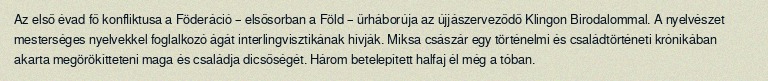
Az első évad fő konfliktusa a Föderáció – elsősorban a Föld – űrháborúja az újjászerveződő Klingon Birodalommal. A nyelvészet mesterséges nyelvekkel foglalkozó ágát interlingvisztikának hívják. Miksa császár egy történelmi és családtörténeti krónikában akarta megörökítteteni maga és családja dicsőségét. Három betelepített halfaj él még a tóban.